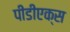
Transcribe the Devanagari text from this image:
पीडीएक्स